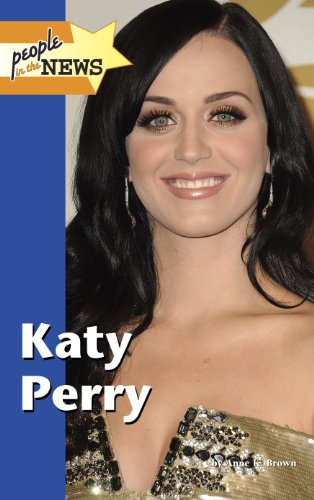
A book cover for Katy Perry (People in the News); Anne K. Brown; Teen & Young Adult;